Indian Civil Veterinary Department memoirs
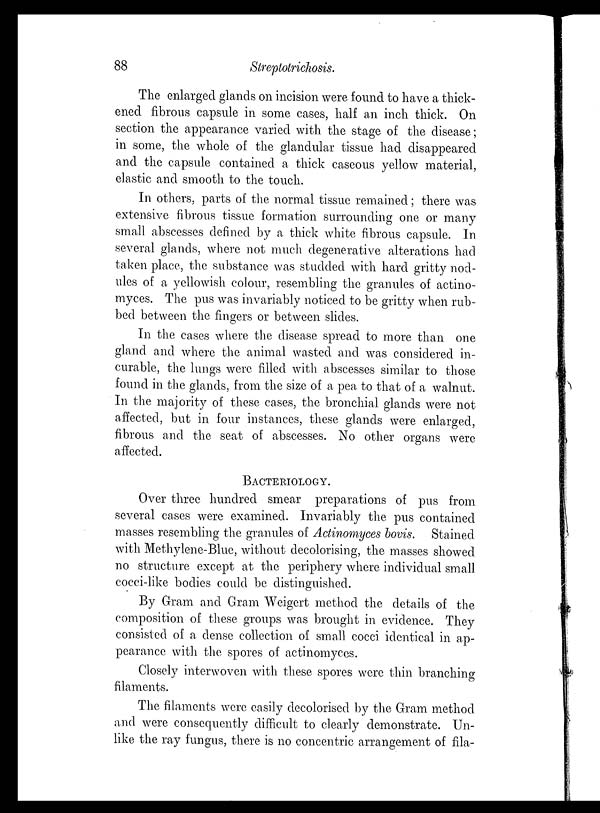
88
Streptotrichosis.
The enlarged glands on incision were found to have a thick-
ened fibrous capsule in some cases, half an inch thick. On
section the appearance varied with the stage of the disease;
in some, the whole of the glandular tissue had disappeared
and the capsule contained a thick caseous yellow material,
elastic and smooth to the touch.
In others, parts of the normal tissue remained; there was
extensive fibrous tissue formation surrounding one or many
small abscesses defined by a thick white fibrous capsule. In
several glands, where not much degenerative alterations had
taken place, the substance was studded with hard gritty nod-
ules of a yellowish colour, resembling the granules of actino-
myces. The pus was invariably noticed to be gritty when rub-
bed between the fingers or between slides.
In the cases where the disease spread to more than one
gland and where the animal wasted and was considered in-
curable, the lungs were filled with abscesses similar to those
found in the glands, from the size of a pea to that of a walnut.
In the majority of these cases, the bronchial glands were not
affected, but in four instances, these glands were enlarged,
fibrous and the seat of abscesses. No other organs were
affected.
BACTERIOLOGY.
Over three hundred smear preparations of pus from
several cases were examined. Invariably the pus contained
masses resembling the granules of Actinomyces bovis. Stained
with Methylene-Blue, without decolorising, the masses showed
no structure except at the periphery where individual small
cocci-like bodies could be distinguished.
By Gram and Gram Weigert method the details of the
composition of these groups was brought in evidence. They
consisted of a dense collection of small cocci identical in ap-
pearance with the spores of actinomyces.
Closely interwoven with these spores were thin branching
filaments.
The filaments were easily decolorised by the Gram method
and were consequently difficult to clearly demonstrate. Un-
like the ray fungus, there is no concentric arrangement of fila-